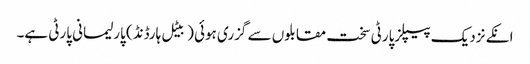
انکے نزدیک پیپلزپارٹی سخت مقابلوں سے گزری ہوئی (بیٹل ہارڈنڈ) پارلیمانی پارٹی ہے۔